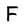
Character: F